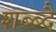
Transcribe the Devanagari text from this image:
शब्ब्दै